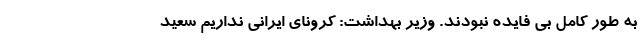
به طور کامل بی فایده نبودند. وزیر بهداشت: کرونای ایرانی نداریم سعید